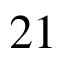
2 1